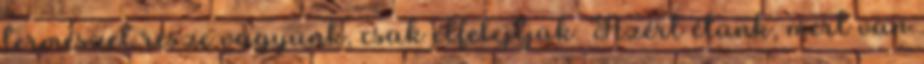
természet része vagyunk, csak elfelejtjük. Azért élünk, mert van